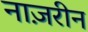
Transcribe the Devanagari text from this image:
नाज़रीन